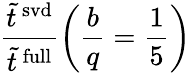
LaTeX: \frac{\tilde{t}^{\mathrm{\, svd}}}{\tilde{t}^{\mathrm{\, full}}}\left(\frac{b}{q}=\frac{1}{5}\right)